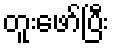
တူးဖော်ပြီး